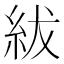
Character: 紱